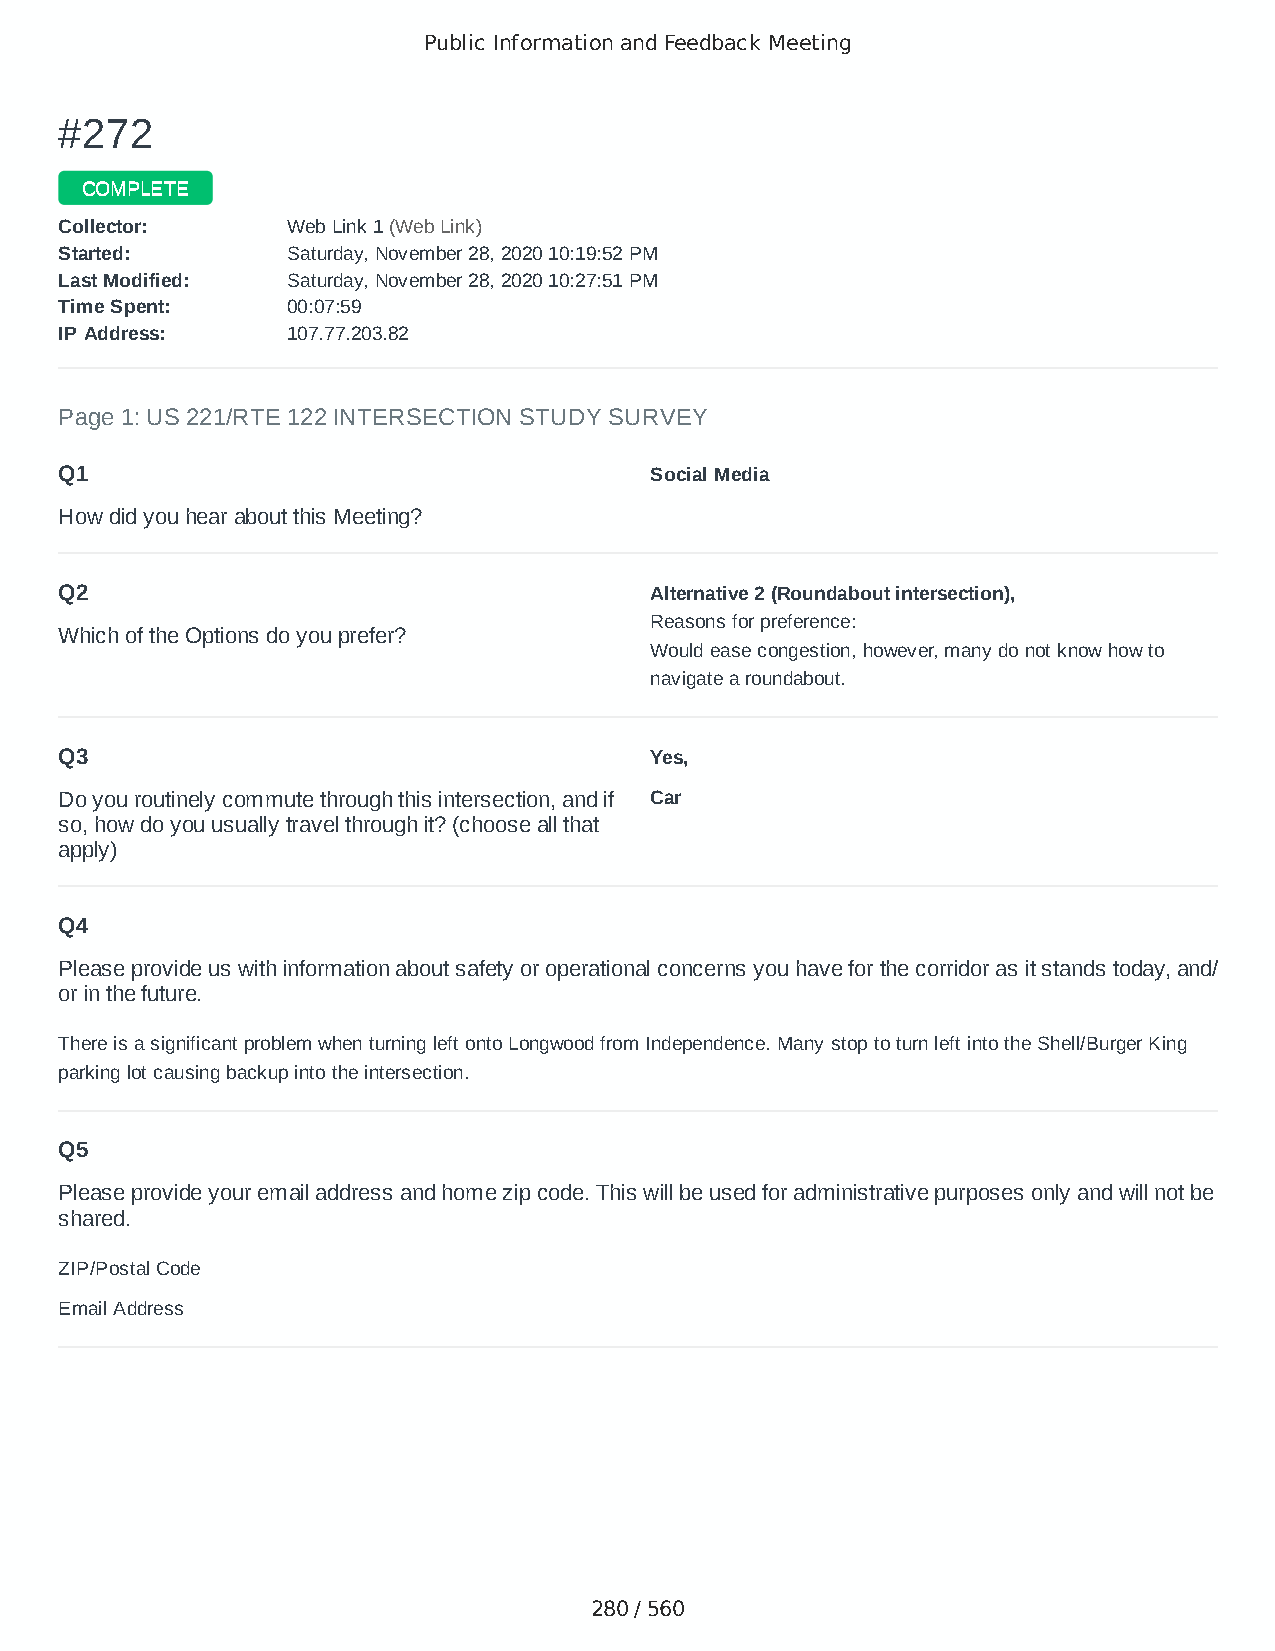
Public Information and Feedback Meeting
 ##227722
 CCOOMMPPLLEETTEE
 CCoolllleeccttoorr:: WWeebb LLiinnkk 11 ((WWeebb LLiinnkk))
 SSttaarrtteedd:: SSaattuurrddaayy,, NNoovveemmbbeerr 2288,, 22002200 1100::1199::5522 PPMM
 LLaasstt MMooddiiffiieedd:: SSaattuurrddaayy,, NNoovveemmbbeerr 2288,, 22002200 1100::2277::5511 PPMM
 TTiimmee SSppeenntt:: 0000::0077::5599
 IIPP AAddddrreessss:: 110077..7777..220033..8822
 Page 1: US 221/RTE 122 INTERSECTION STUDY SURVEY
 Q1                                     Social Media
 How did you hear about this Meeting?
 Q2                                     Alternative 2 (Roundabout intersection),
 Reasons for preference:
 Which of the Options do you prefer?
 Would ease congestion, however, many do not know how to
 navigate a roundabout.
 Q3                                     Yes,
 Do you routinely commute through this intersection, and if Car
 so, how do you usually travel through it? (choose all that
 apply)
 Q4
 Please provide us with information about safety or operational concerns you have for the corridor as it stands today, and/
 or in the future.
 There is a significant problem when turning left onto Longwood from Independence. Many stop to turn left into the Shell/Burger King
 parking lot causing backup into the intersection.
 Q5
 Please provide your email address and home zip code. This will be used for administrative purposes only and will not be
 shared.
 ZIP/Postal Code                        24523
 Email Address                          cunschool@gmail.com
 280 / 560